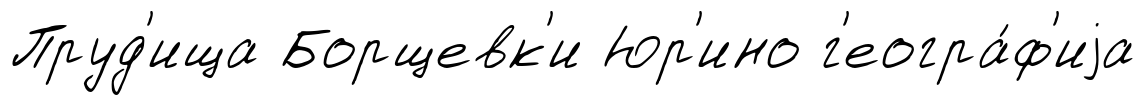
Пруд'ища Борщевк'и Юр'ино г'еогра́ф'иjа